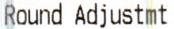
ROUND ADJUSTMT